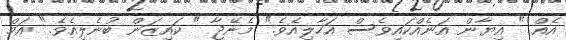
އެއް " އިޔާން އަނެއްކައިވެސް އަހާލިއެވެ." މެނޭޖާ " ކައިޒަން ބުނެލިއެވެ." އަމް